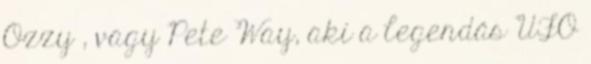
Ozzy , vagy Pete Way, aki a legendás UFO